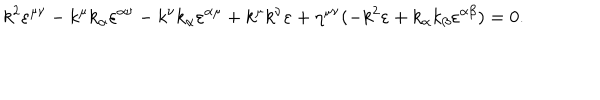
k ^ { 2 } \varepsilon ^ { \mu \nu } - k ^ { \mu } k _ { \alpha } \varepsilon ^ { \alpha \nu } - k ^ { \nu } k _ { \alpha } \varepsilon ^ { \alpha \mu } + k ^ { \mu } k ^ { \nu } \varepsilon + \eta ^ { \mu \nu } ( - k ^ { 2 } \varepsilon + k _ { \alpha } k _ { \beta } \varepsilon ^ { \alpha \beta } ) = 0 .